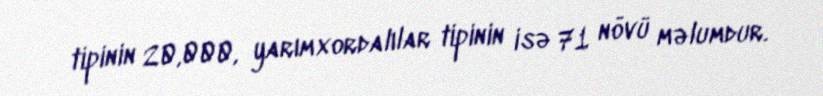
tipinin 20,000, yarımxordalılar tipinin isə 71 növü məlumdur.